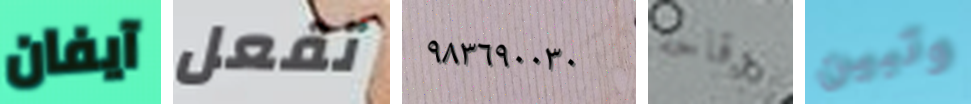
آيفان تفعل ٩٨٣٦٩٠٠٣٠ وقاحة وتبين